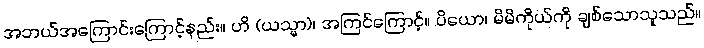
အဘယ်အကြောင်းကြောင့်နည်း။ ဟိ (ယသ္မာ)၊ အကြင်ကြောင့်။ ပိယော၊ မိမိကိုယ်ကို ချစ်သောသူသည်။